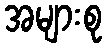
အများစု